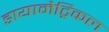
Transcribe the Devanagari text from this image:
डायामेट्रिकल